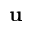
\mathbf { u }